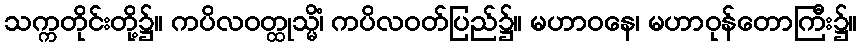
သက္ကတိုင်းတို့၌။ ကပိလဝတ္ထုသ္မိံ၊ ကပိလဝတ်ပြည်၌။ မဟာဝနေ၊ မဟာဝုန်တောကြီး၌။